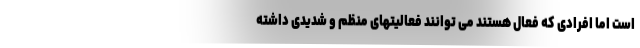
است اما افرادی که فعال هستند می توانند فعالیتهای منظم و شدیدی داشته